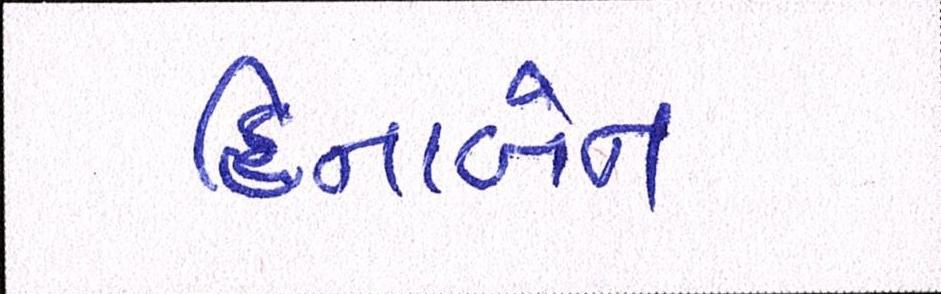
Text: હિનાબેન